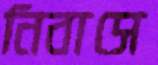
নিবাসে